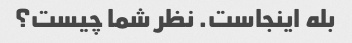
بله اینجاست. نظر شما چیست؟